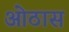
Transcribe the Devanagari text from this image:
ओठास